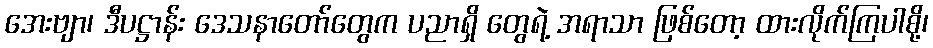
အေးဗျာ၊ ဒီပဋ္ဌာန်း ဒေသနာတော်တွေက ပညာရှိ တွေရဲ့ အရာသာ ဖြစ်တော့ ထားလိုက်ကြပါစို့၊